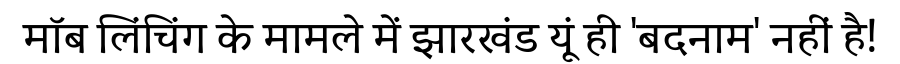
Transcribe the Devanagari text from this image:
मॉब लिंचिंग के मामले में झारखंड यूं ही 'बदनाम' नहीं है!